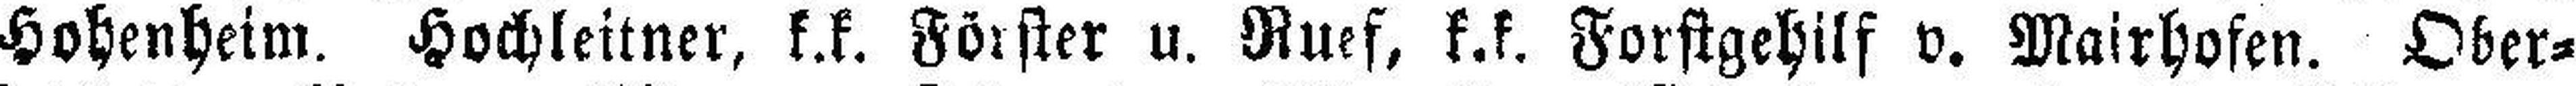
Hohenheim. Hochleitner, k.k. Förster u. Ruef, k.k. Forstgehilf v. Mairhofen. Ober¬